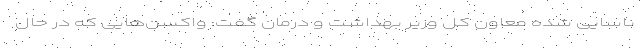
ناسایی شده معاون کل وزیر بهداشت و درمان گفت: واکسن‌هایی که در حال